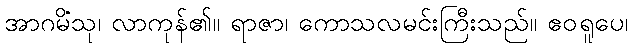
အာဂမိံသု၊ လာကုန်၏။ ရာဇာ၊ ကောသလမင်းကြီးသည်။ ဧဝရူပေ၊